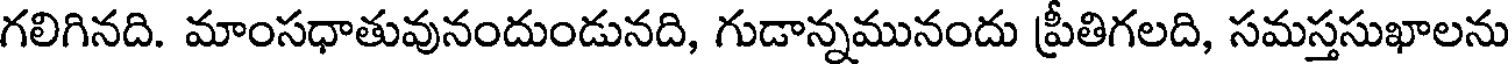
గలిగినది. మాంసధాతువునందుండునది, గుడాన్నమునందు ప్రీతిగలది, సమస్తసుఖాలను